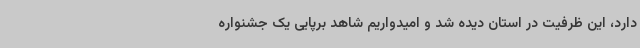
دارد، این ظرفیت در استان دیده شد و امیدواریم شاهد برپایی یک جشنواره